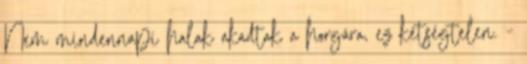
Nem mindennapi halak akadtak a horgára, ez kétségtelen. -